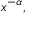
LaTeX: x ^ { - \alpha } ,